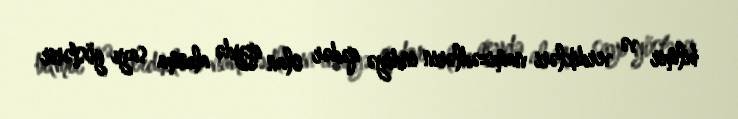
bilmir və verdikləri namizədlərin indiyə qədər olan qeydə alınma sayı göstərir